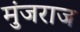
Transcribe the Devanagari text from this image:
मुंजराज